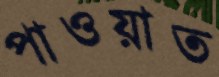
পাওয়াত